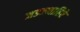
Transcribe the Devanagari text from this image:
जडजवाहिरे